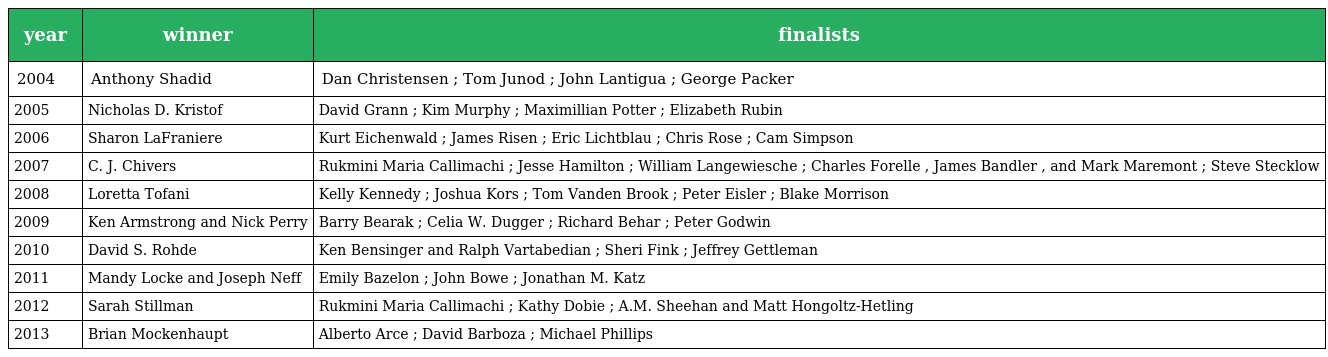
| year | winner | finalists |
 | --- | --- | --- |
 | 2004 | Anthony Shadid | Dan Christensen ; Tom Junod ; John Lantigua ; George Packer |
 | 2005 | Nicholas D. Kristof | David Grann ; Kim Murphy ; Maximillian Potter ; Elizabeth Rubin |
 | 2006 | Sharon LaFraniere | Kurt Eichenwald ; James Risen ; Eric Lichtblau ; Chris Rose ; Cam Simpson |
 | 2007 | C. J. Chivers | Rukmini Maria Callimachi ; Jesse Hamilton ; William Langewiesche ; Charles Forelle , James Bandler , and Mark Maremont ; Steve Stecklow |
 | 2008 | Loretta Tofani | Kelly Kennedy ; Joshua Kors ; Tom Vanden Brook ; Peter Eisler ; Blake Morrison |
 | 2009 | Ken Armstrong and Nick Perry | Barry Bearak ; Celia W. Dugger ; Richard Behar ; Peter Godwin |
 | 2010 | David S. Rohde | Ken Bensinger and Ralph Vartabedian ; Sheri Fink ; Jeffrey Gettleman |
 | 2011 | Mandy Locke and Joseph Neff | Emily Bazelon ; John Bowe ; Jonathan M. Katz |
 | 2012 | Sarah Stillman | Rukmini Maria Callimachi ; Kathy Dobie ; A.M. Sheehan and Matt Hongoltz-Hetling |
 | 2013 | Brian Mockenhaupt | Alberto Arce ; David Barboza ; Michael Phillips |